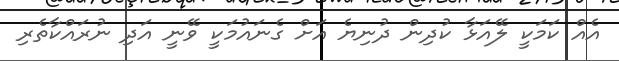
އެއް ކަމަކީ ލޭއަޅާ ކުދިން ދުނިޔެ އަށް ގެނައުމަކީ ވޭނީ އަދި ނުރައްކާތެރި